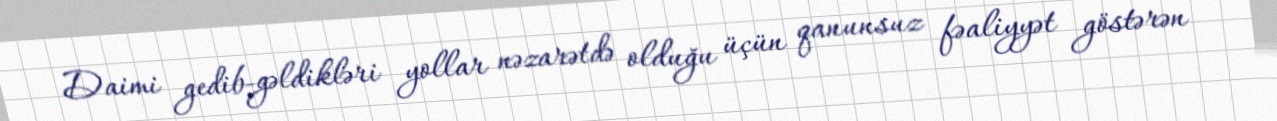
Daimi gedib-gəldikləri yollar nəzarətdə olduğu üçün qanunsuz fəaliyyət göstərən